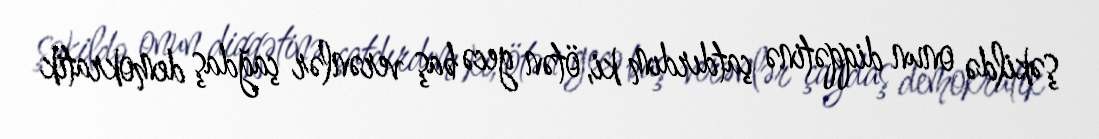
şəkildə onun diqqətinə çatdırdım ki, ötən gecə baş verənlər çağdaş demokratik